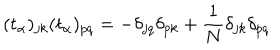
( t _ { \alpha } ) _ { j k } ( t _ { \alpha } ) _ { p q } = - \delta _ { j q } \delta _ { p k } + \frac { 1 } { N } \delta _ { j k } \delta _ { p q }